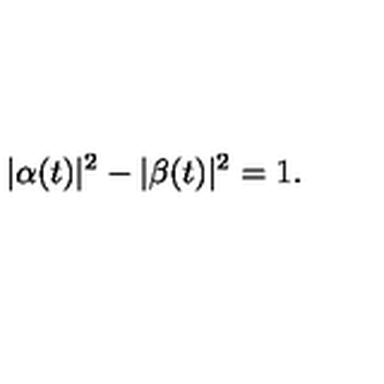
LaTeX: | \alpha ( t ) | ^ { 2 } - | \beta ( t ) | ^ { 2 } = 1 .